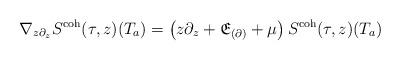
LaTeX: \begin{align*} \nabla_{z \partial_z} S^\textnormal{coh}(\tau,z)(T_a) = \left( z \partial_z + \mathfrak{E}_{(\partial)} + \mu \right) S^\textnormal{coh}(\tau,z)(T_a) \end{align*}